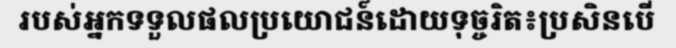
របស់អ្នកទទួលផលប្រយោជន៍ដោយទុច្ចរិត៖ប្រសិនបើ